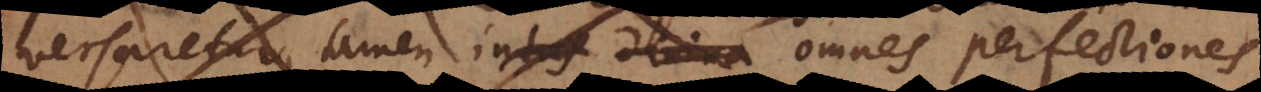
ersaretur, tamen intus divina omnes perfectiones